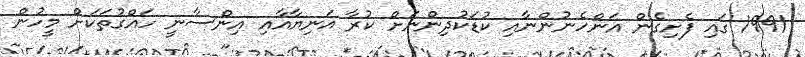
1991 ގައި ފެށިގެން އަންހެނުންނާއި ކުޑަކުދިންނަށް ކުރާ އަނިޔާއާއި އިންސާނީ ހައްގުތަކަށް މީހުން